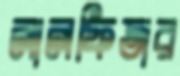
লালফিতার